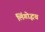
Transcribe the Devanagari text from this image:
लिंगोद्भव